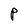
Character: P